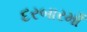
દરબારમાઁ